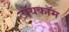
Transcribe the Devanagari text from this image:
टॉयकॉम